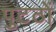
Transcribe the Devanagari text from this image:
पुटठों